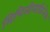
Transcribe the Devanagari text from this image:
मिचिलीमाकिनेक